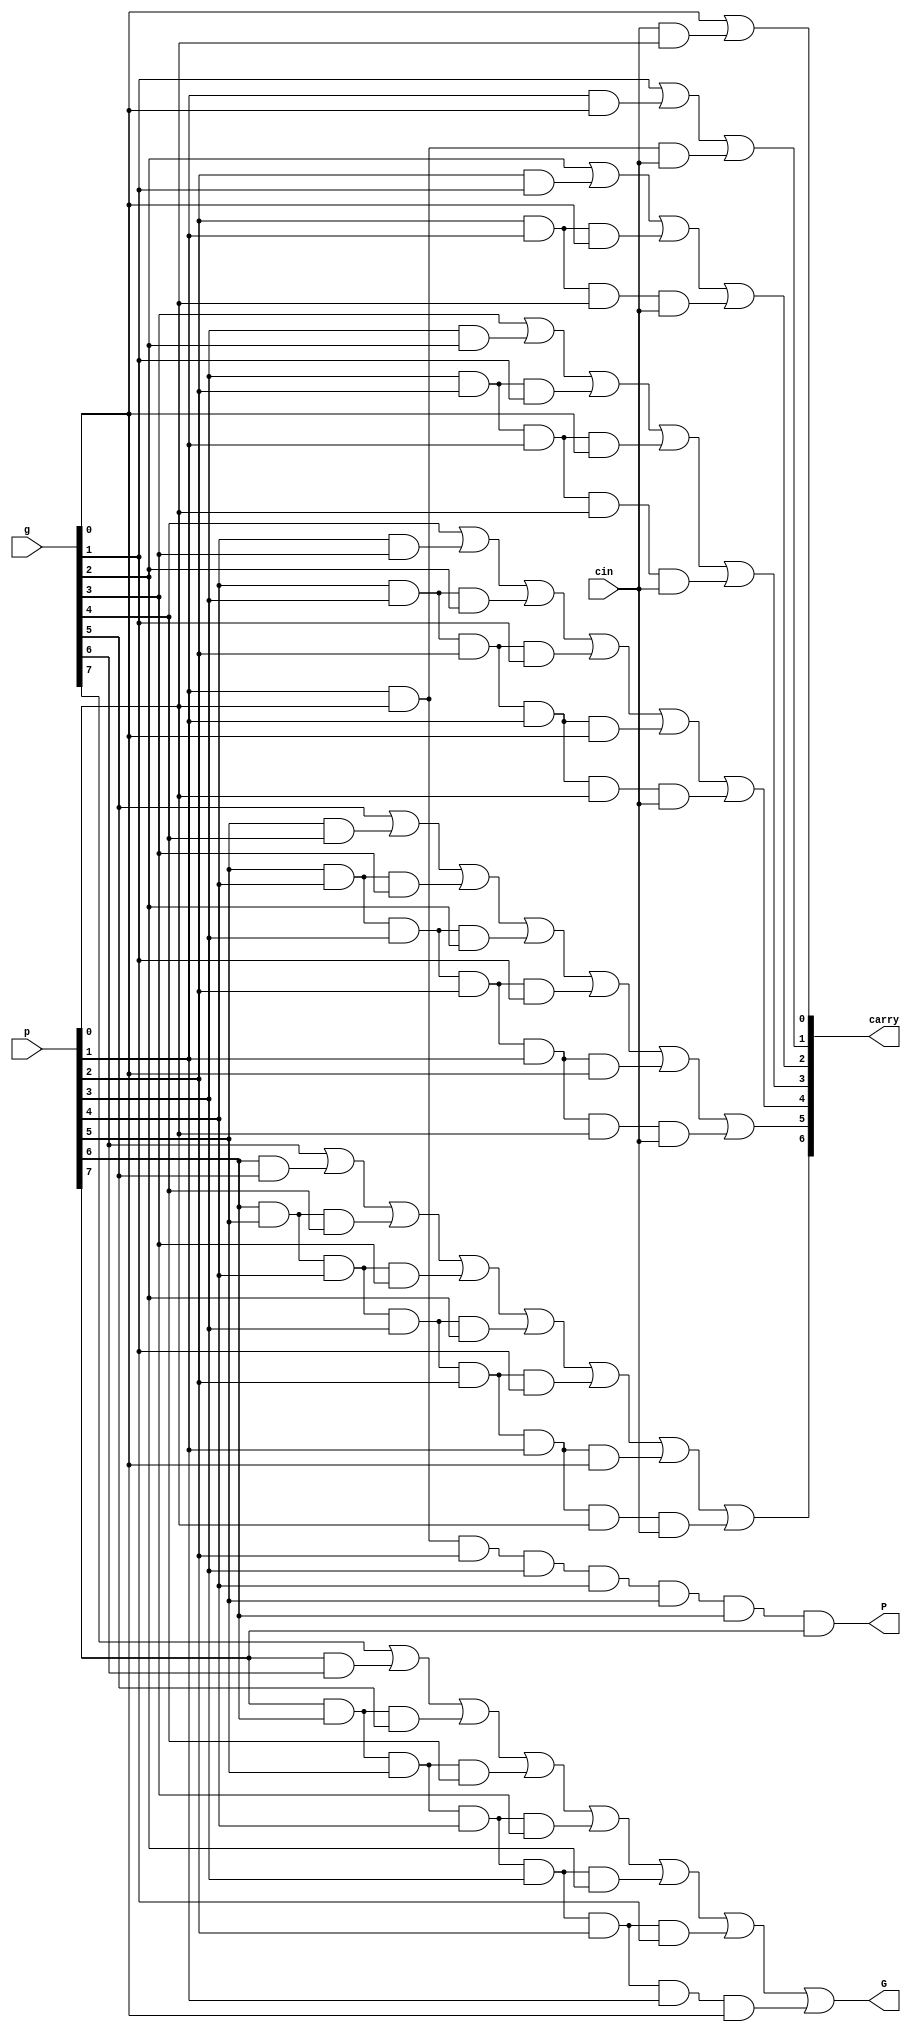
module eight_bit_cla(P,G,carry,p,g,cin);
    input [7:0] p,g;
    input cin;
    output [6:0] carry;
    output P, G;
    wire w1,w2,w3, w4, w5, w6, w7, w8, w9, w10, w11,w12,w13, w14, w15, w16, w17, w18, w19, w20, w21,w22,w23, w24, w25, w26, w27, w28, w29, w30, w31, w32, w33, w34, w35;
    
    //assign c[0] = cin;

    and CARRYAND1(w1, cin, p[0]);
    or CARRYOR1(carry[0], g[0], w1);   

    and CARRYAND2(w2, p[1], g[0]);
    and CARRYAND2_1(w3, p[1], p[0], cin);
    or CARRYOR2(carry[1], g[1], w2, w3);  

    and CARRYAND3(w4, p[2], g[1]);
    and CARRYAND3_1(w5, p[2], p[1], g[0]);
    and CARRYAND3_2(w6, p[2], p[1], p[0], cin);
    or CARRYOR3(carry[2], g[2], w4, w5, w6);

    and CARRYAND4(w7, p[3], g[2]);
    and CARRYAND4_1(w8, p[3], p[2], g[1]);
    and CARRYAND4_2(w9, p[3], p[2], p[1], g[0]);
    and CARRYAND4_3(w35, p[3], p[2], p[1], p[0], cin);
    or CARRYOR4(carry[3], g[3], w7, w8, w9, w35);

    and CARRYAND5(w10, p[4], g[3]);
    and CARRYAND5_1(w11, p[4], p[3], g[2]);
    and CARRYAND5_2(w12, p[4], p[3], p[2], g[1]);
    and CARRYAND5_3(w13, p[4], p[3], p[2], p[1], g[0]);
    and CARRYAND5_4(w34, p[4], p[3], p[2], p[1], p[0], cin);
    or CARRYOR5(carry[4], g[4], w10, w11, w12, w13, w34); 

    and CARRYAND6(w14, p[5], g[4]);
    and CARRYAND6_1(w15, p[5], p[4], g[3]);
    and CARRYAND6_2(w16, p[5], p[4], p[3], g[2]);
    and CARRYAND6_3(w17, p[5], p[4], p[3], p[2], g[1]);
    and CARRYAND6_4(w18, p[5], p[4], p[3], p[2], p[1], g[0]);
    and CARRYAND6_5(w19, p[5], p[4], p[3], p[2], p[1], p[0], cin);
    or CARRYOR6(carry[5], g[5], w14, w15, w16, w17, w18, w19); 

    and CARRYAND7(w20, p[6], g[5]);
    and CARRYAND7_1(w21, p[6], p[5], g[4]);
    and CARRYAND7_2(w22, p[6], p[5], p[4], g[3]);
    and CARRYAND7_3(w23, p[6], p[5], p[4], p[3], g[2]);
    and CARRYAND7_4(w24, p[6], p[5], p[4], p[3], p[2], g[1]);
    and CARRYAND7_5(w25, p[6], p[5], p[4], p[3], p[2], p[1], g[0]);
    and CARRYAND7_6(w26, p[6], p[5], p[4], p[3], p[2], p[1], p[0], cin);
    or CARRYOR7(carry[6], g[6], w20, w21, w22, w23, w24, w25, w26); 

    and CARRYAND8(w27, p[7], g[6]);
    and CARRYAND8_1(w28, p[7], p[6], g[5]);
    and CARRYAND8_2(w29, p[7], p[6], p[5], g[4]);
    and CARRYAND8_3(w30, p[7], p[6], p[5], p[4], g[3]);
    and CARRYAND8_4(w31, p[7], p[6], p[5], p[4], p[3], g[2]);
    and CARRYAND8_5(w32, p[7], p[6], p[5], p[4], p[3], p[2], g[1]);
    and CARRYAND8_6(w33, p[7], p[6], p[5], p[4], p[3], p[2], p[1], g[0]);
   // and CARRYAND8_7(w34, p[7], p[6], p[5], p[4], p[3], p[2], p[1], p[0], cin);
    //or CARRYOR8(carry[8], g[7], w27, w28, w29, w30, w31, w32, w33, w34); 

    and bigP(P, p[0], p[1], p[2], p[3], p[4], p[5], p[6], p[7]);
    or bigG(G, g[7], w27, w28, w29, w30, w31, w32, w33);

endmodule